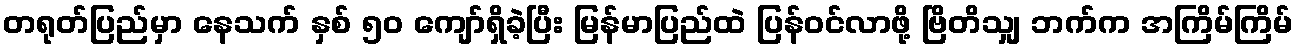
တရုတ်ပြည်မှာ နေသက် နှစ် ၅ဝ ကျော်ရှိခဲ့ပြီး မြန်မာပြည်ထဲ ပြန်ဝင်လာဖို့ ဗြိတိသျှ ဘက်က အကြိမ်ကြိမ်